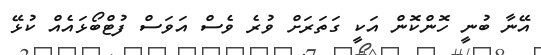
އޭނާ ބުނީ ހޮންކޮން އަކީ ގަތަރަށް ވުރެ ވެސް އަވަސް ފުޓްބޯޅައެއް ކުޅޭ